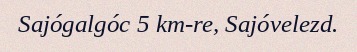
Sajógalgóc 5 km-re, Sajóvelezd.